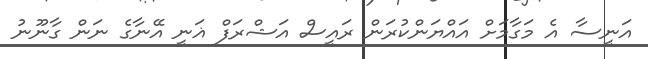
އަނީސާ އެ މަގާމަށް އައްޔަންކުރަން ރައީސް އަޝްރަފް ޣަނީ އޭނާގެ ނަން ގާނޫނު